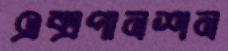
এক্সপানশন